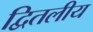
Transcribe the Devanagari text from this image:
द्वितलीय